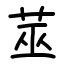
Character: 莁